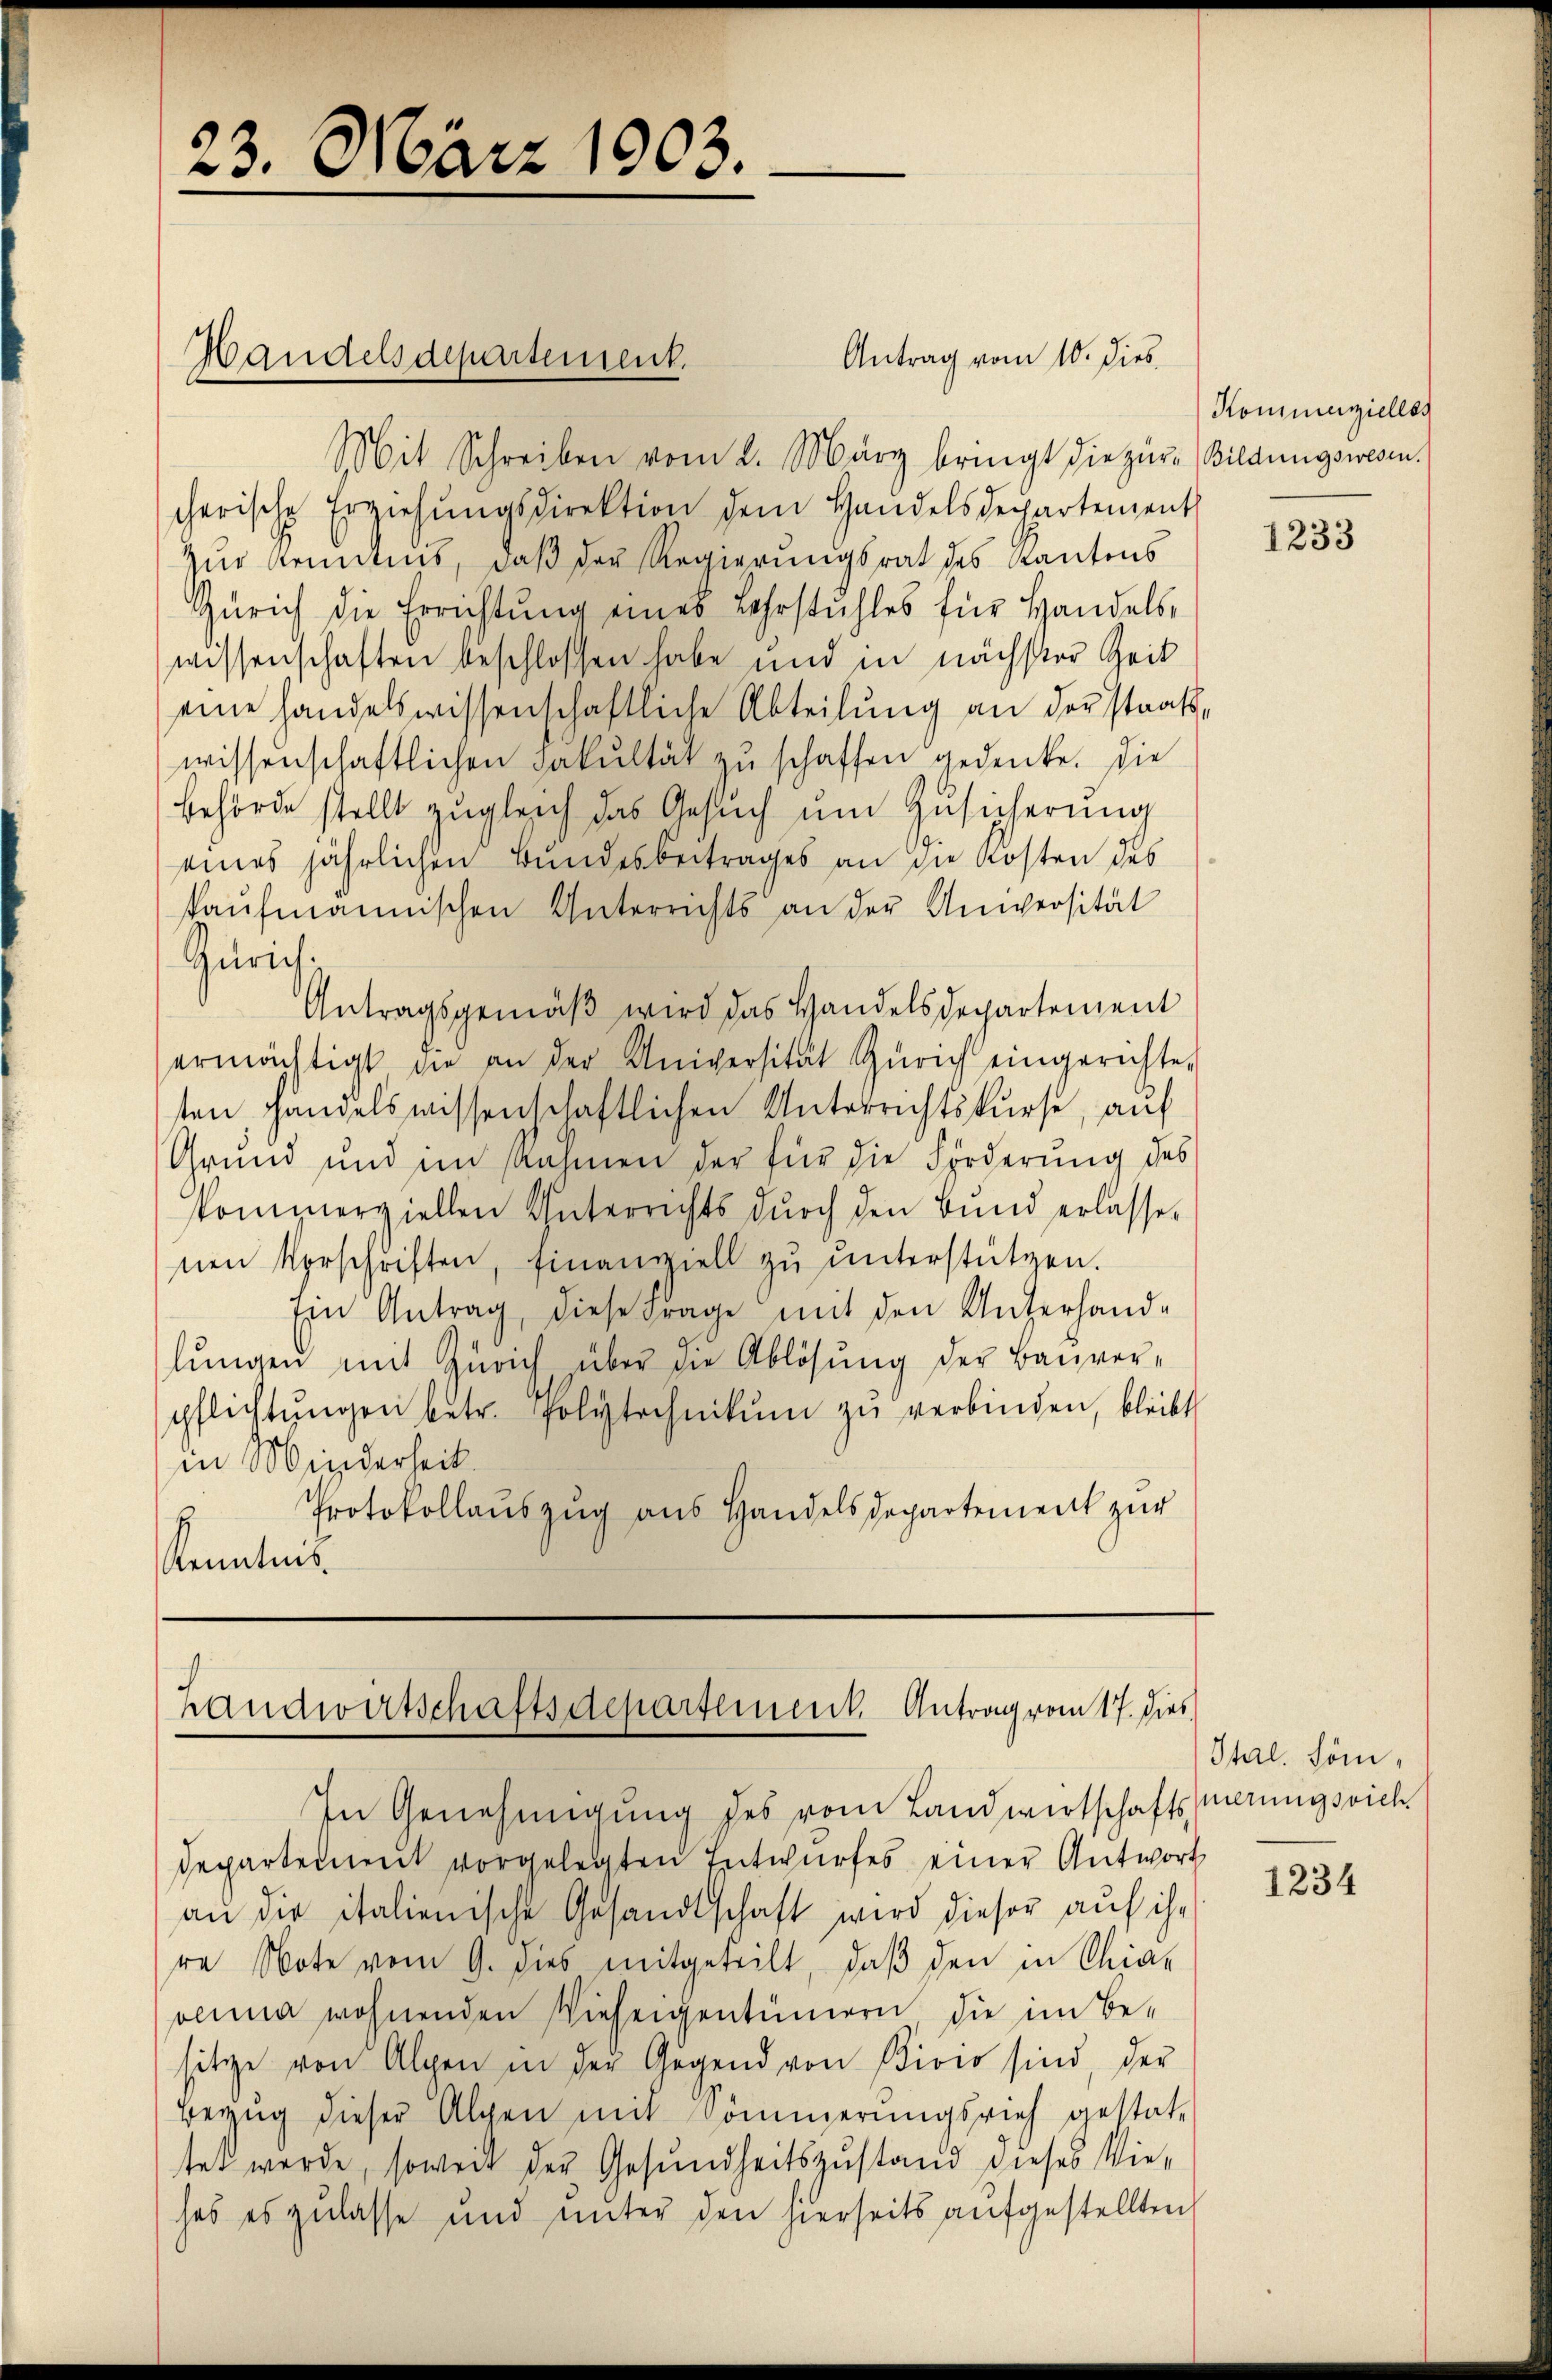
23. März 1903.

Handelsdepartement.

Antrag vom 10. dies

Mit Schreiben vom 2. März bringt die zur Bildungswesen.
cherische Erziehŭngsdirektion dem Handelsdepartement
Zur Kenntnis, daß der Regierungsrat des Kantons
Zürich die Errichtŭng eines Lehrstuhles für Handels-
wissenschaften beschlossen habe und in nächster Zeit
eine handelswissenschaftliche Abteilung an der staatswissenschaftlichen Fakultät zu schaffen gedenke. Die
behörde stellt zugleich das Gesŭch ŭm Zŭsicherung
eines jährlichen Bundesbeitrages an die Kosten des
kaufmannischen Unterrichts an der Universität
Zürich.
Antragsgemäβ wird das Handelsdepartement
ermächtigt die an der Universität Zürich eingerichte-
ten handelswissenschaftlichen Unterrichtskurse, auf
Grŭnd und im Rahmen der für die Förderŭng des
kommerziellen Unterrichts dŭrch den Bund erlassen
nen Verschriften, finanziell zŭ ŭnterstützen.
Ein Antrag, diese Frage mit den Unterhand-
lŭngen mit Zürich über die Ablösung der Bauver-
pflichtŭngen betr. Polytechnikŭm zŭ verbinden, bleibt
in Minderheit.
Protokollauszug aus Handelsdepartement zur
Kenntnis.

Handwirtschaftsdepartement. Antrag vom 17. Dies

In Genehmigung des vom Landwirtschaftsmerungsrich
Departement vorgelegten Entwurfes einer Antwort
an die italienische Gesandtschaft wird dieser auf ihr
re Note vom 9. dies mitgeteilt, daβ den in Chia-
vanna wohnenden Vieheigentümern die im Besitze von Alpen in der Gegend von Pivio sind, der
Bezug dieser Alpen mit Donnerungsrich gestate
tet werde, soweit der Gesundheitszustand dieses Wiehas es zulasse und unter den hierseits aufgestellten

Kommenzielles

1233

Itarl, Söni¬

1234